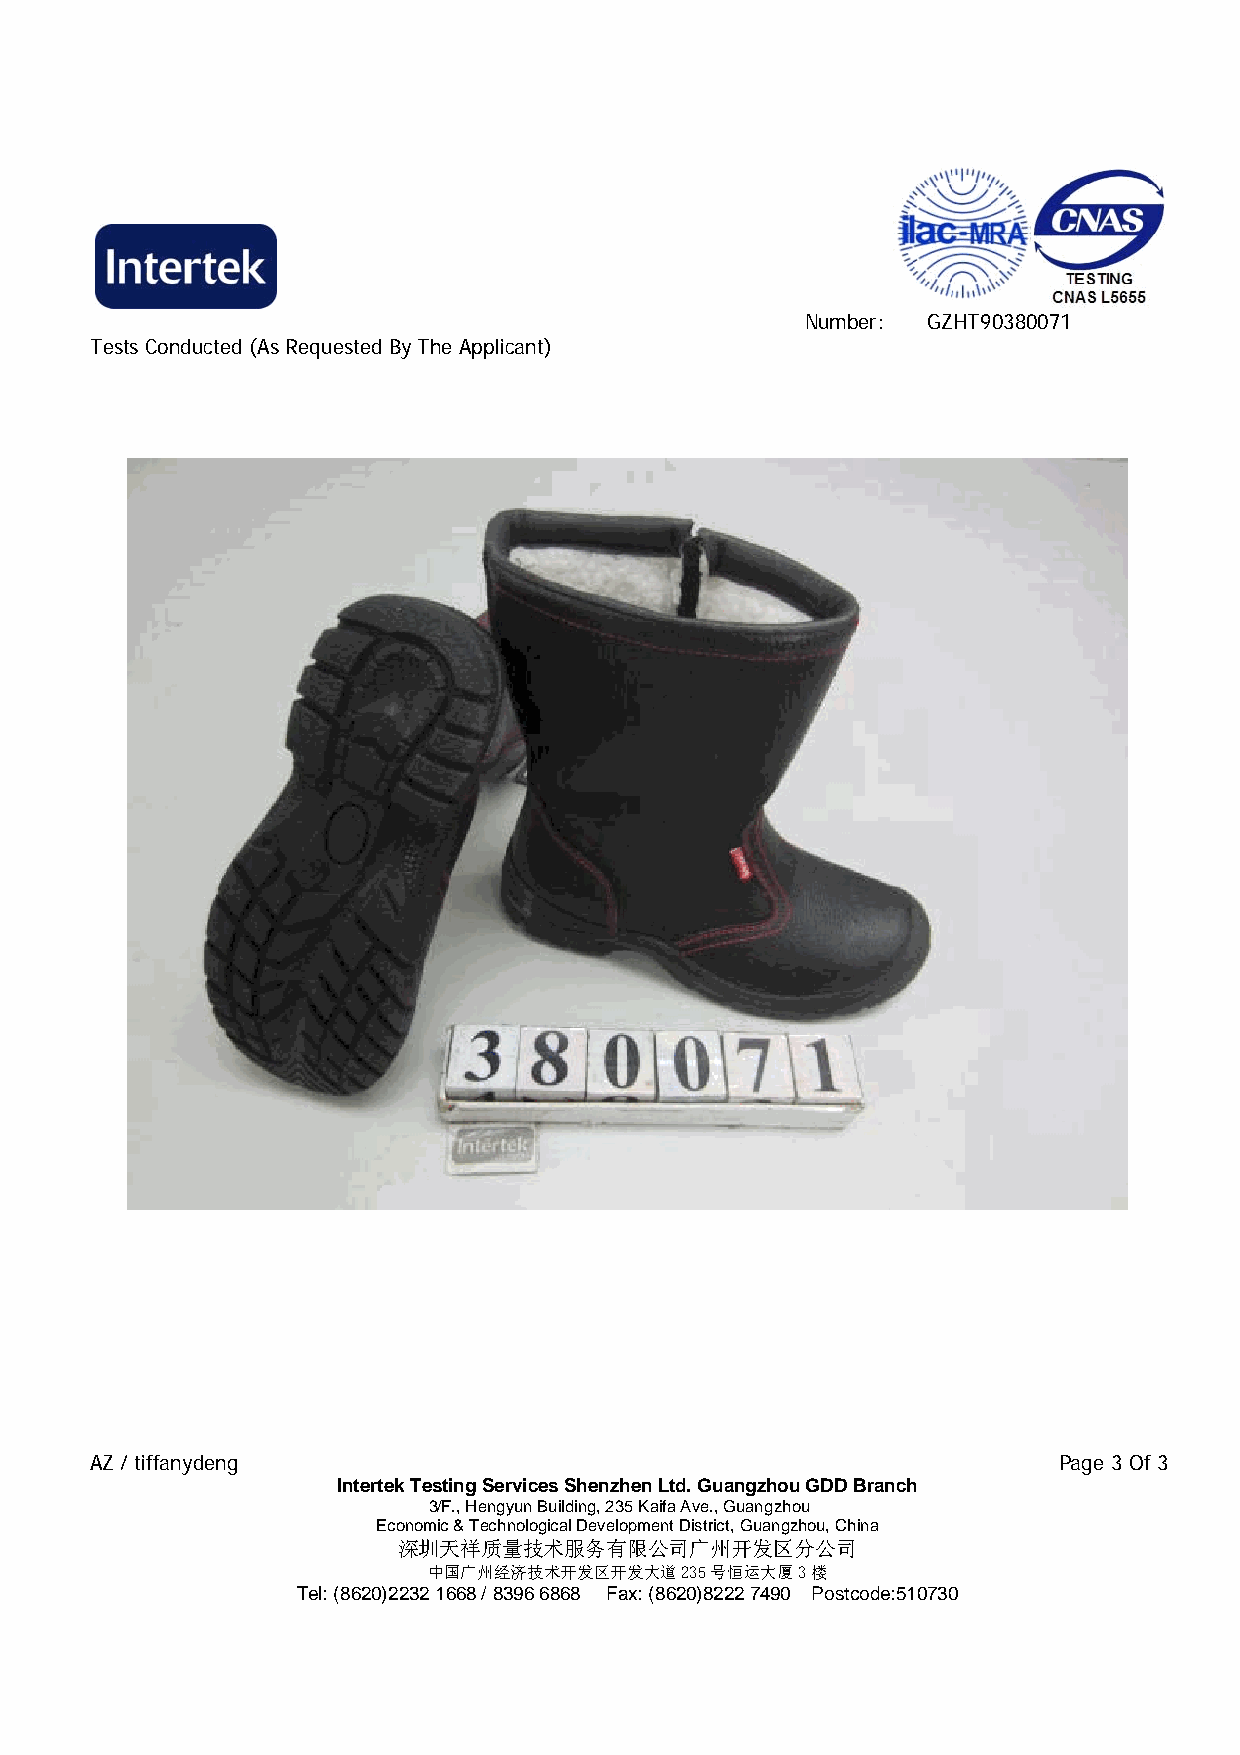
Number: GZHT90380071
 Tests Conducted (As Requested By The Applicant)
 AZ / tiffanydeng                                                Page 3 Of 3
 Intertek Testing Services Shenzhen Ltd. Guangzhou GDD Branch
 3/F., Hengyun Building, 235 Kaifa Ave., Guangzhou
 Economic & Technological Development District, Guangzhou, China
 深圳天祥质量技术服务有限公司广州开发区分公司
 中国广州经济技术开发区开发大道235号恒运大厦3楼
 Tel: (8620)2232 1668 / 8396 6868 Fax: (8620)8222 7490 Postcode:510730